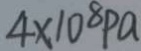
4 \times 1 0 ^ { 8 } P a